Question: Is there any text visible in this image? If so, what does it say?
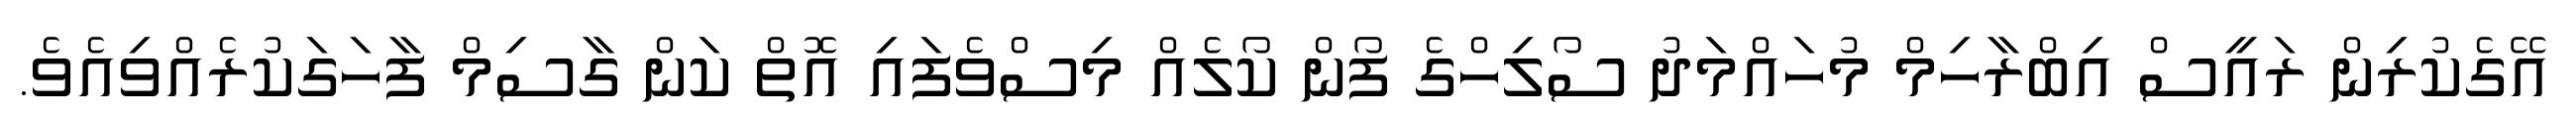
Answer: އޭގެކުރިން ރައީސް އިބްރާހިމް މުހައްމަދު ސޯލިހްގެ ފޯން ކޯލެއް މިސްވެފައި އޮތް ކަން ގާސިމް ފާހަގަކުރެއްވިއެވެ.